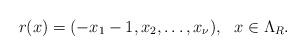
LaTeX: \begin{align*}r(x)=(-x_1-1, x_2,\dots, x_{\nu}),\ \ x\in \Lambda_R. \end{align*}